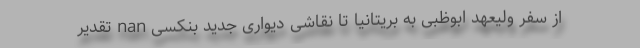
از سفر ولیعهد ابوظبی به بریتانیا تا نقاشی دیواری جدید بنکسی nan تقدیر